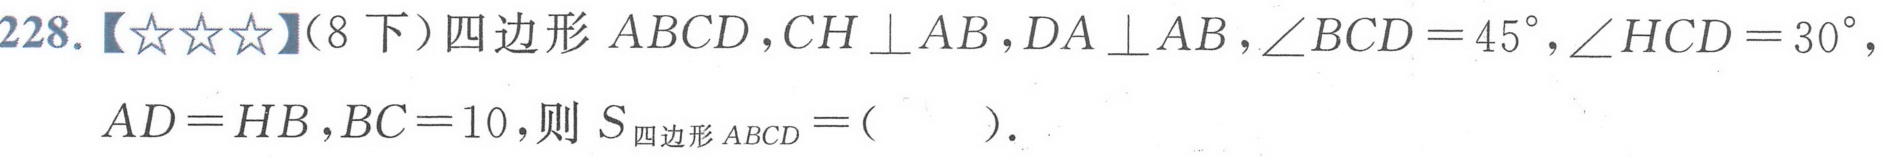
228.【★★★】(8下）四边形 \(ABCD\)，\(CH\perp AB\)，\(DA\perp AB\)，\(\angle BCD = 45^{\circ}\)，\(\angle HCD = 30^{\circ}\)，
\(AD = HB\)，\(BC = 10\)，则 \(S_{四边形ABCD}=(\ \ \ \ \ )\).